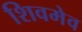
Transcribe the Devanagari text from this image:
शिवमेव